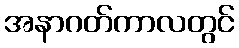
အနာဂတ်ကာလတွင်